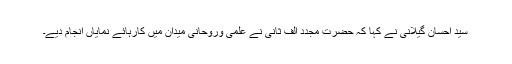
سید احسان گیلانی نے کہا کہ حضرت مجدد الف ثانیؒ نے علمی وروحانی میدان میں کارہائے نمایاں انجام دیے۔